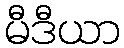
မီဒီယာ